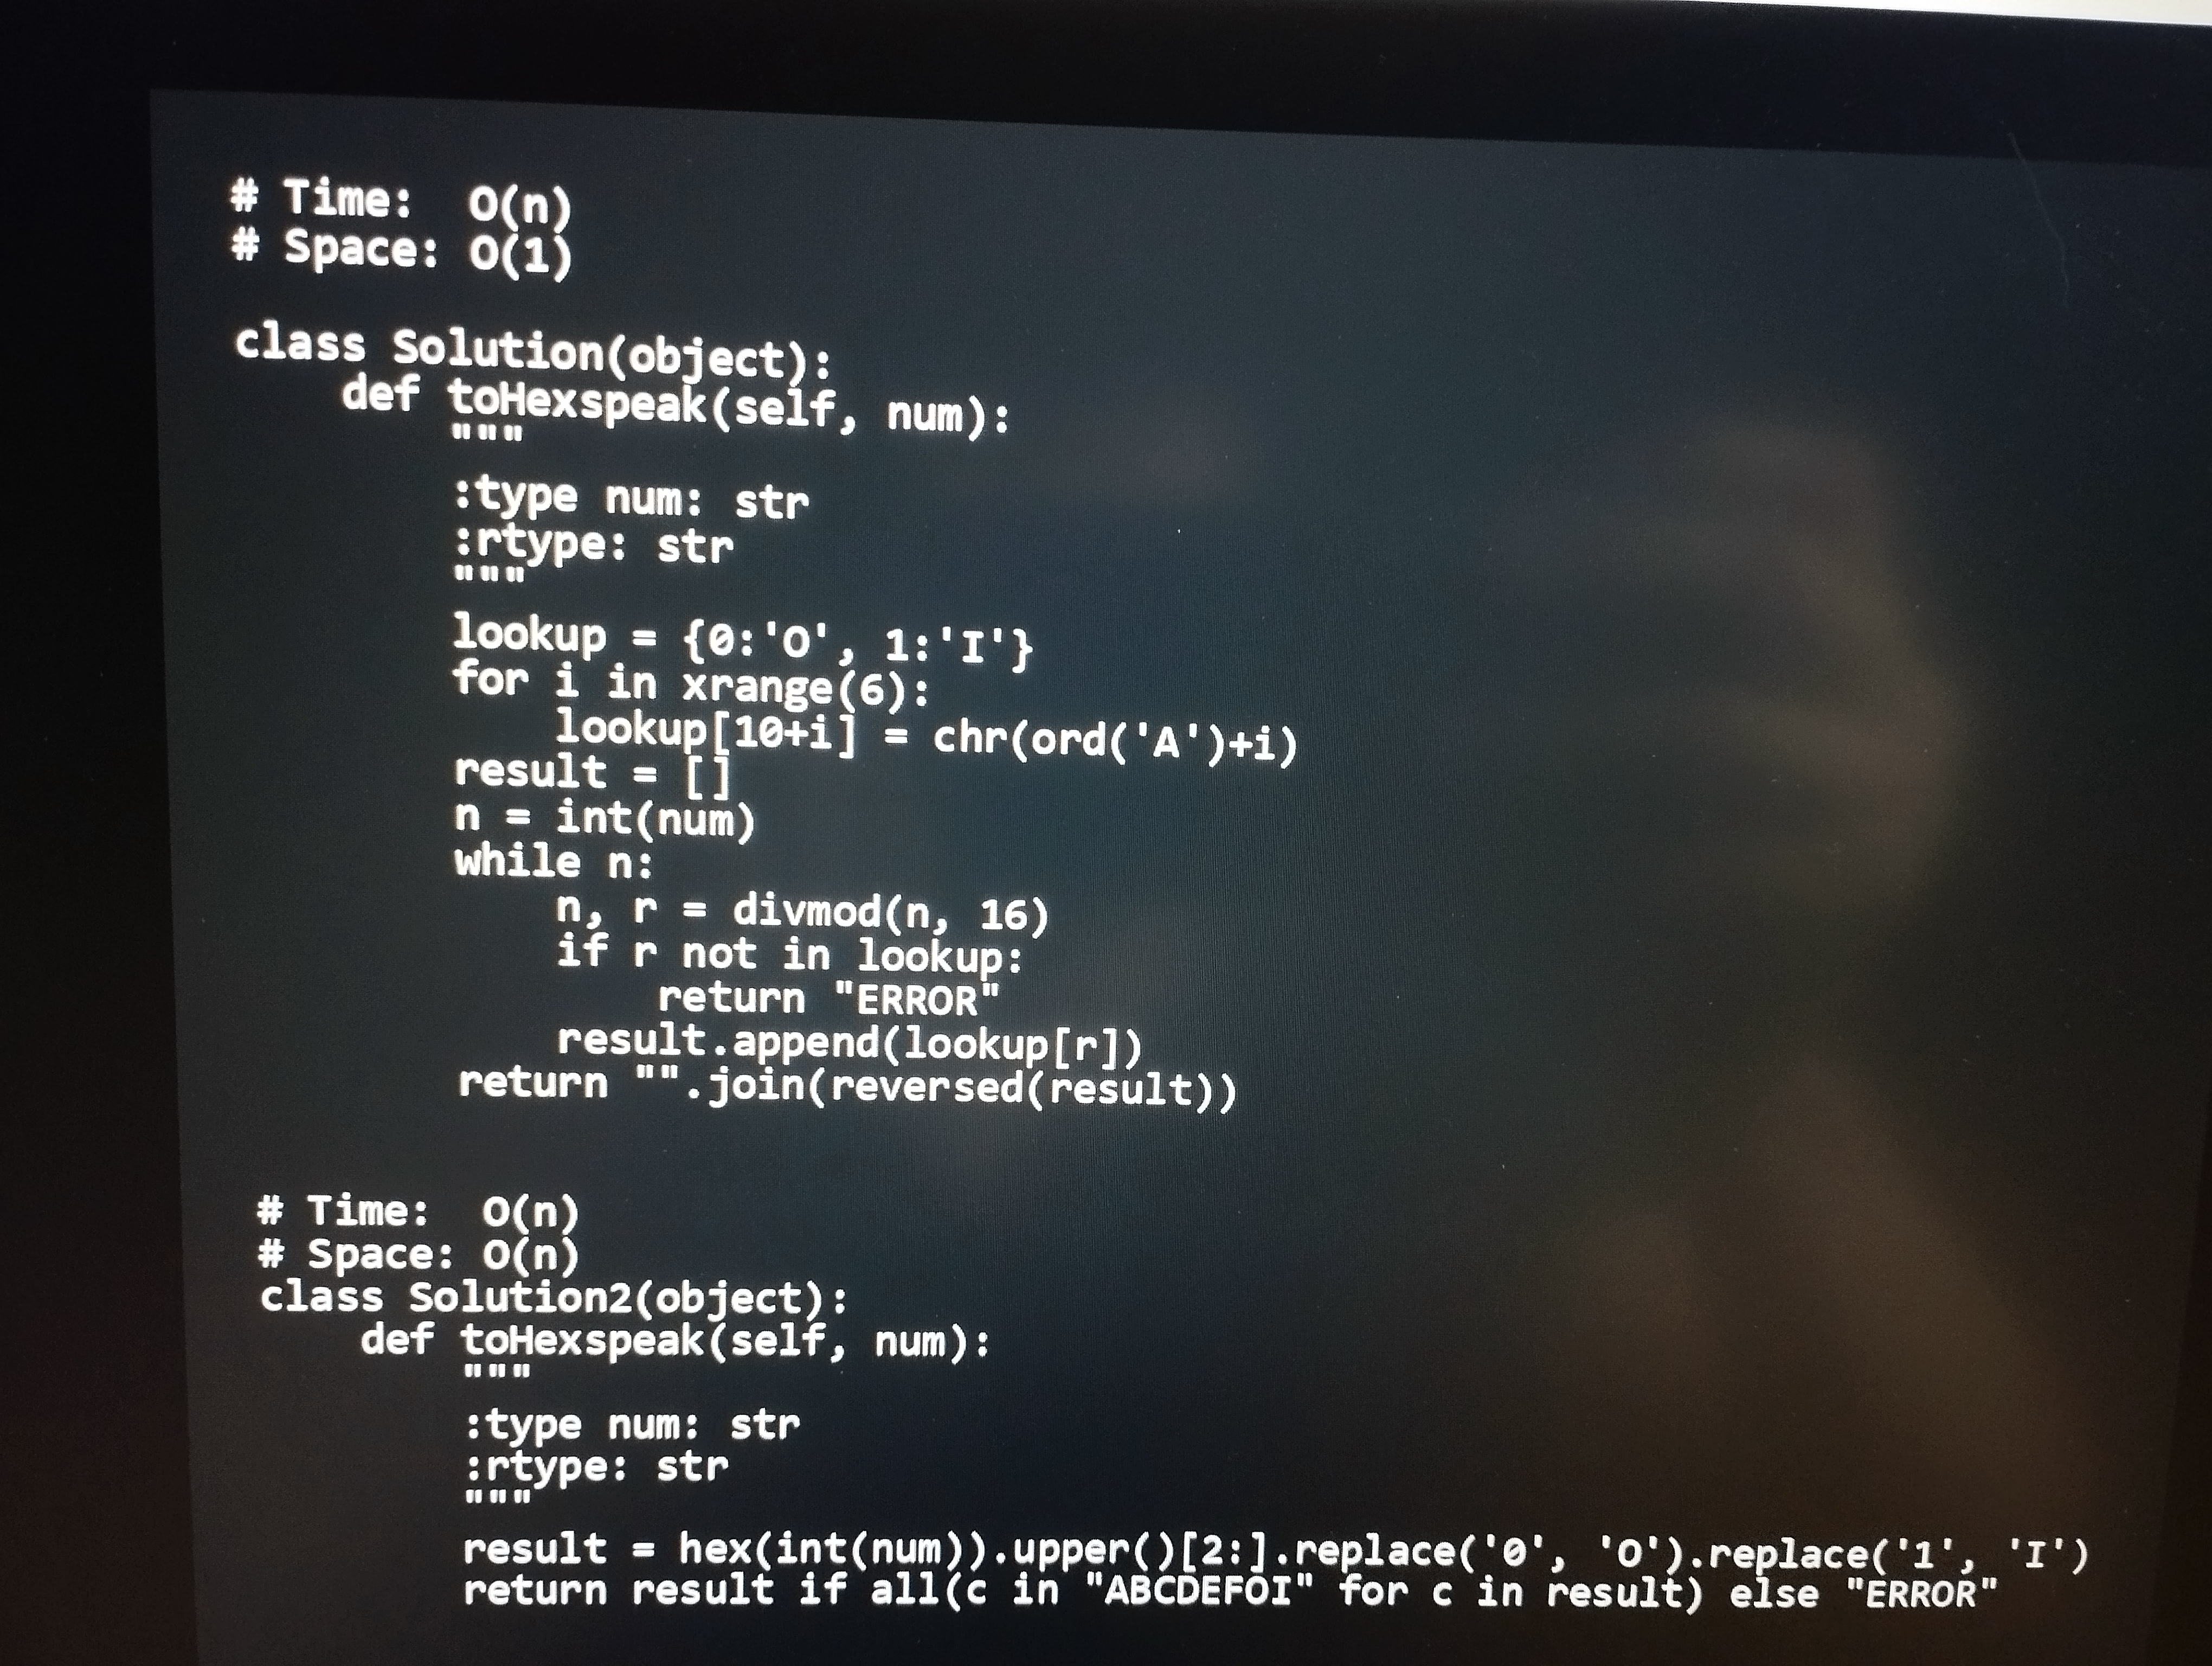
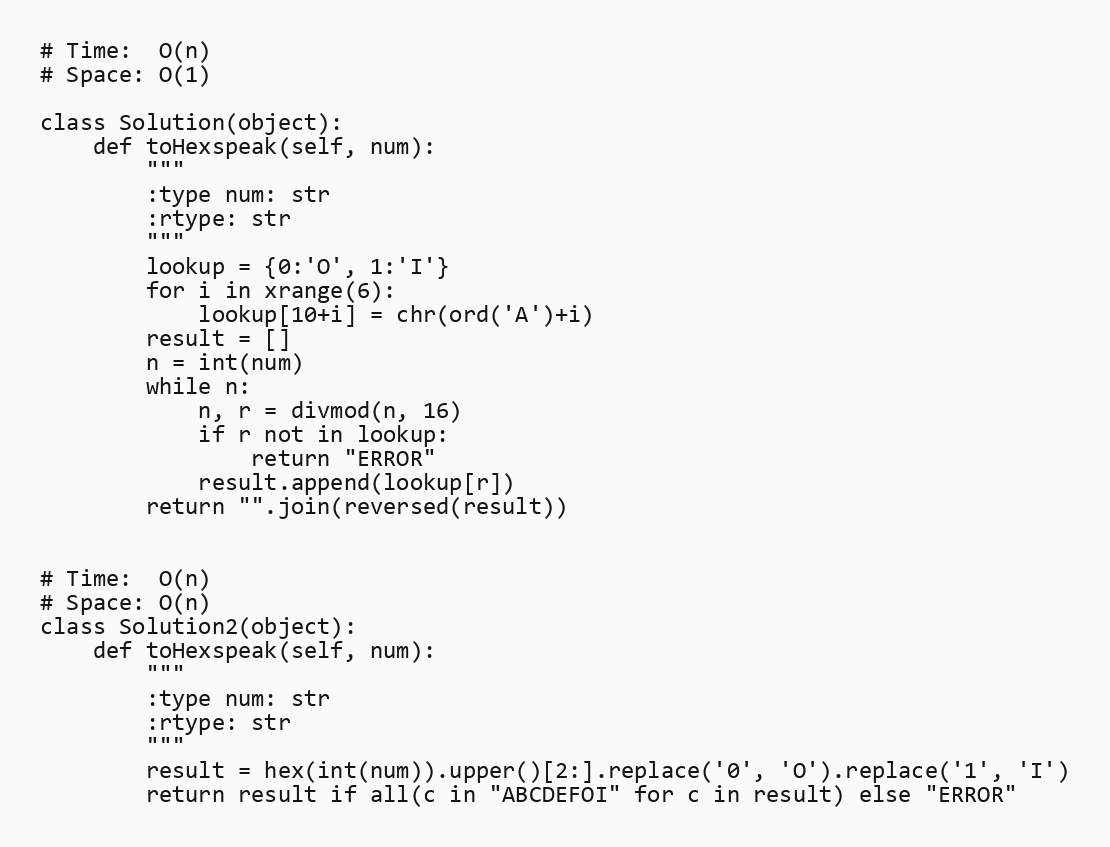
# Time:  O(n)
# Space: O(1)

class Solution(object):
    def toHexspeak(self, num):
        """
        :type num: str
        :rtype: str
        """
        lookup = {0:'O', 1:'I'}
        for i in xrange(6):
            lookup[10+i] = chr(ord('A')+i)
        result = []
        n = int(num)
        while n:
            n, r = divmod(n, 16)
            if r not in lookup:
                return "ERROR"
            result.append(lookup[r])
        return "".join(reversed(result))

# Time:  O(n)
# Space: O(n)
class Solution2(object):
    def toHexspeak(self, num):
        """
        :type num: str
        :rtype: str
        """
        result = hex(int(num)).upper()[2:].replace('0', 'O').replace('1', 'I')
        return result if all(c in "ABCDEFOI" for c in result) else "ERROR"